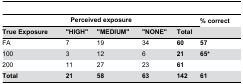
<table><thead><tr><td colspan="5"><b>Perceived exposure</b></td><td><b> % correct</b></td></tr><tr><td><b>True Exposure</b></td><td><b>&quot;HIGH&quot;</b></td><td><b>&quot;MEDIUM&quot;</b></td><td><b>&quot;NONE&quot;</b></td><td><b>Total</b></td><td></td></tr></thead><tbody><tr><td>FA</td><td>7</td><td>19</td><td>34</td><td><b>60</b></td><td><b>57</b></td></tr><tr><td>100</td><td>3</td><td>12</td><td>6</td><td><b>21</b></td><td><b>65*</b></td></tr><tr><td>200</td><td>11</td><td>27</td><td>23</td><td><b>61</b></td><td></td></tr><tr><td><b>Total</b></td><td><b>21</b></td><td><b>58</b></td><td><b>63</b></td><td><b>142</b></td><td><b>61</b></td></tr></tbody></table>